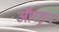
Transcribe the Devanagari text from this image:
औरइन